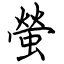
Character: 螢